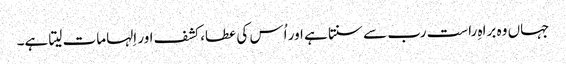
جہاں وہ براہِ راست رب سے سنتا ہے اور اُس کی عطا، کشف اور اِلہامات لیتا ہے۔